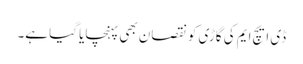
ڈی ایچ ایم کی گاڑی کو نقصان بھی پہنچایا گیا ہے۔